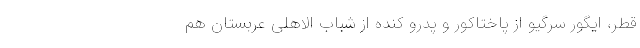
قطر، ایگور سرگیو از پاختاکور و پدرو کنده از شباب الاهلی عربستان هم